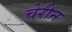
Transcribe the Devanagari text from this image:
चेरीन